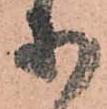
等